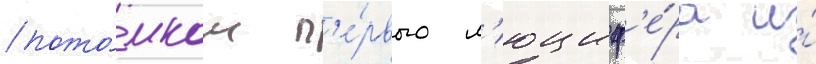
пото́мком п'е́рвого л'юциф'е́ра и́